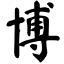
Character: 博